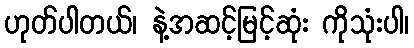
ဟုတ်ပါတယ်၊ နဲ့အဆင့်မြင့်ဆုံး ကိုသုံးပါ၊